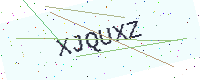
Text: XJQUXZ